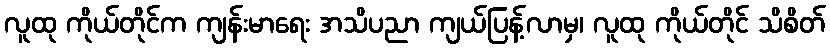
လူထု ကိုယ်တိုင်က ကျန်းမာရေး အသိပညာ ကျယ်ပြန့်လာမှ၊ လူထု ကိုယ်တိုင် သိစိတ်